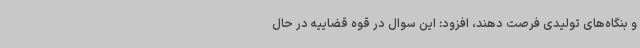
و بنگاه‌های تولیدی فرصت دهند، افزود: این سوال در قوه قضاییه در حال